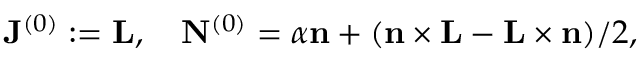
{ \bf J } ^ { ( 0 ) } : = { \bf L } , \quad { \bf N } ^ { ( 0 ) } = { \alpha } { \bf n } + ( { \bf n } \times { \bf L } - { \bf L } \times { \bf n } ) / 2 ,